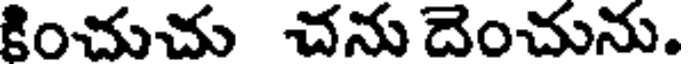
కించుచు చను దెంచును.